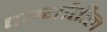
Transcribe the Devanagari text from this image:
दर्ग्यातील